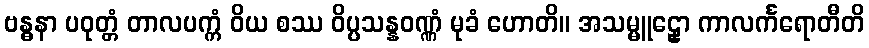
ဗန္ဓနာ ပဝုတ္တံ တာလပက္ကံ ဝိယ စဿ ဝိပ္ပသန္နဝဏ္ဏံ မုခံ ဟောတိ။ အသမ္မူဠှော ကာလင်္ကရောတီတိ